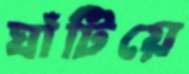
ঘাঁটিয়ে